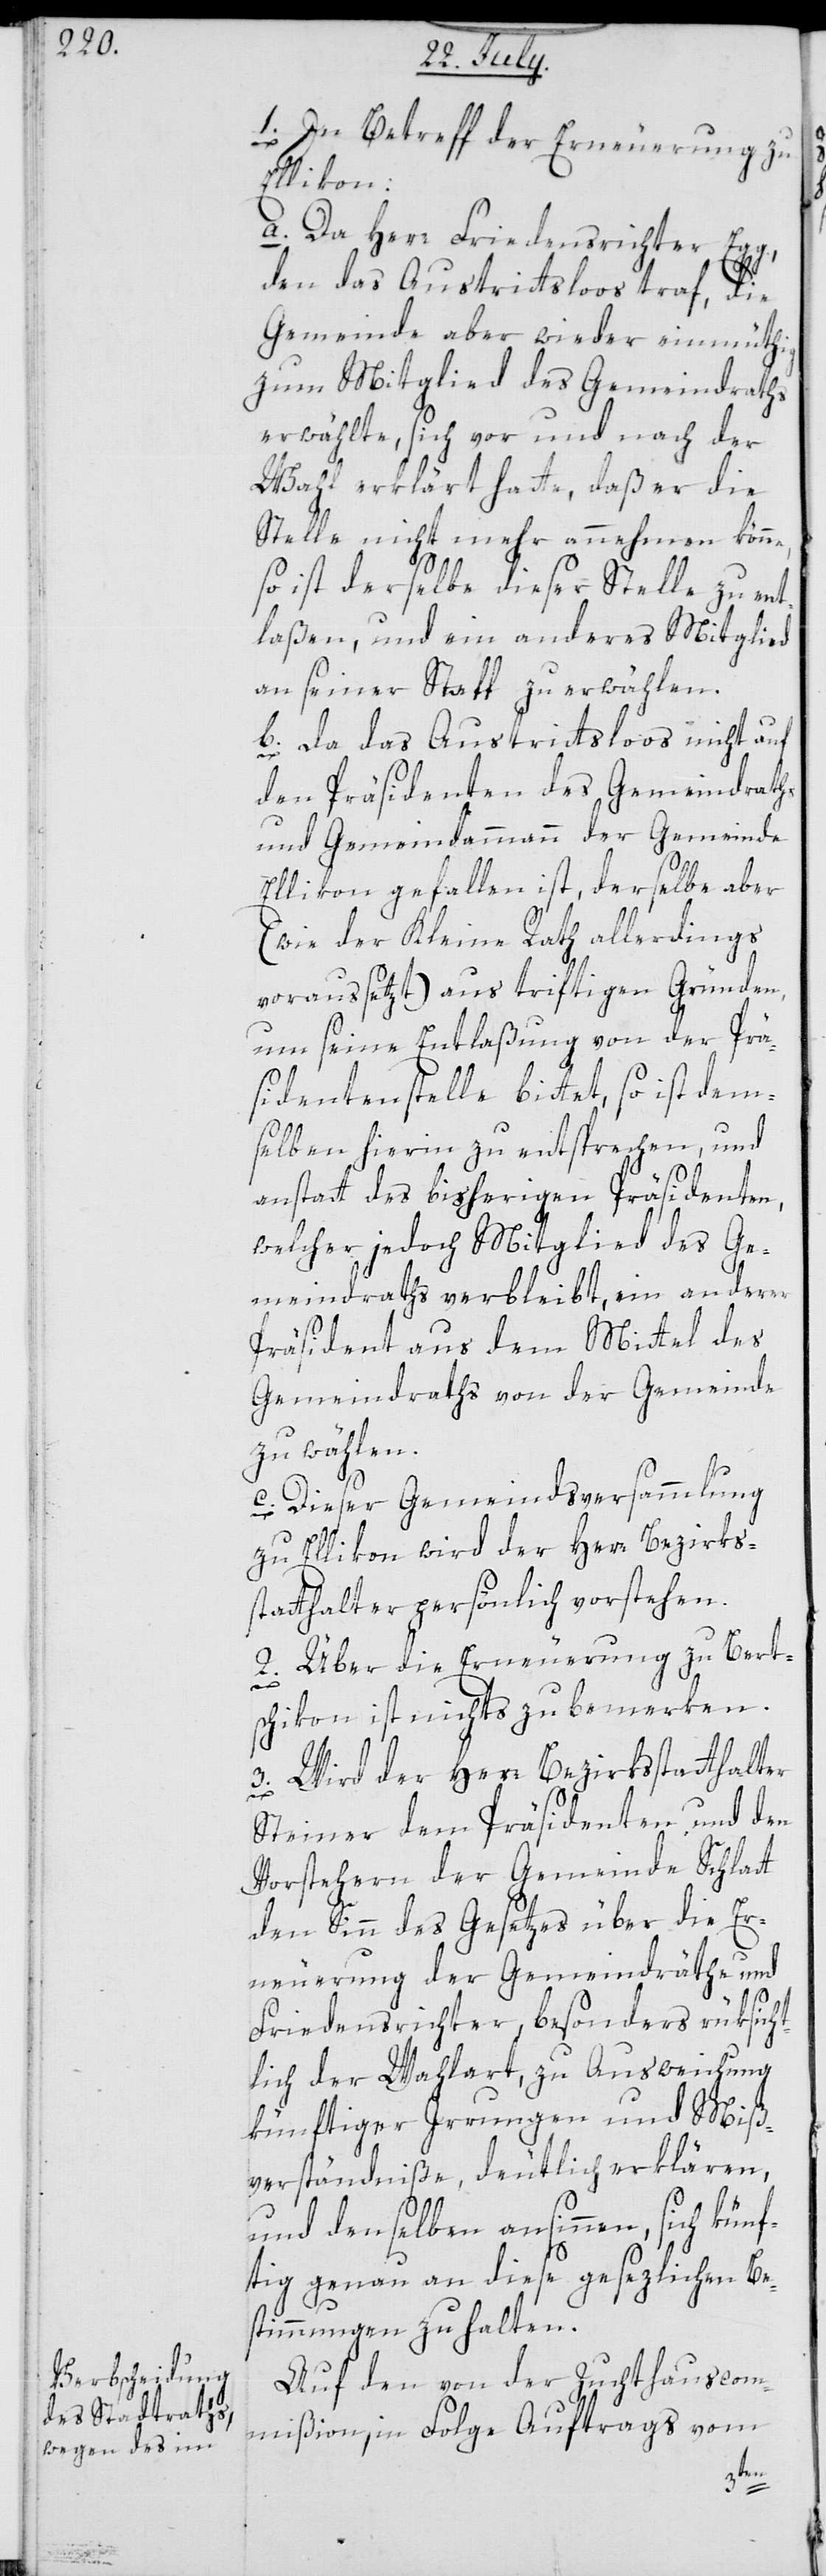
g,

1. In Betreff der Erneuerung zu
Ellikon:
a. Da Herr Friedensrichter Eg¬
den das Austrittsloos traf, die
Gemeinde aber wieder einmüthig
zum Mitglied des Gemeindraths
erwählte, sich vor und nach der
Wahl erklärt hatte, daß er die
Stelle nicht mehr annehmen könne,
so ist derselbe dieser Stelle zu ent¬
laßen, und ein anderes Mitglied
an seiner Statt zu erwählen.
b. Da das Austrittsloos nicht auf
den Präsidenten des Gemeindraths
und Gemeindammann der Gemeinde
Ellikon gefallen ist, derselbe aber
(wie der Kleine Rath allerdings
voraussetzt) aus triftigen Gründen,
um seine Entlaßung von der Prä¬
sidentenstelle bittet, so ist dem¬
selben hierin zu entsprechen und
anstatt des bisherigen Präsidenten,
welcher jedoch Mitglied des Ge¬
meindraths verbleibt, ein anderer
Präsident aus dem Mittel des
Gemeindraths von der Gemeinde
zu wählen.
c. Dieser Gemeindsversammlung
zu Ellikon wird der Herr Bezirks¬
statthalter persönlich vorstehen.
2. Über die Erneuerung zu Bert¬
schikon ist nichts zu bemerken.
3. Wird der Herr Bezirksstatthalter
Steiner dem Präsidenten und den
Vorstehern der Gemeinde Schlatt
den Sinn des Gesetzes über die Er¬
neuerung der Gemeindräthe und
Friedensrichter, besonders rüksich¬
tlich der Wahlart, zu Ausweichung
künftiger Irrungen und Miß¬
verständniße, deutlich erklären,
und denselben ansinnen, sich künf¬
tig genau an diese gesezlichen Be¬
stimmungen zu halten.
Auf den von der Zuchthauscom¬
mißion, in Folge Auftrags vom